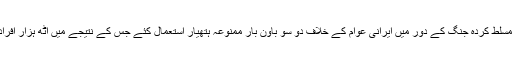
انہوں نے کہا کہ صدام نے ایران کے خلاف مسلط کردہ جنگ کے دور میں ایرانی عوام کے خلاف دو سو باون بار ممنوعہ ہتھیار استعمال کئے جس کے نتیجے میں آٹھ ہزار افراد شہید اور ایک لاکھ سات ہزار زخمی ہوئے۔